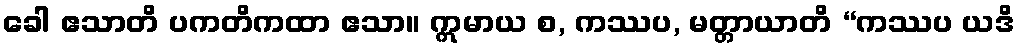
ခေါ ဧသာတိ ပကတိကထာ ဧသာ။ ဣမာယ စ, ကဿပ, မတ္တာယာတိ “ကဿပ ယဒိ